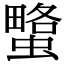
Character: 𧐯